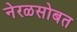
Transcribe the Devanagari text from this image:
नेरळसोबत